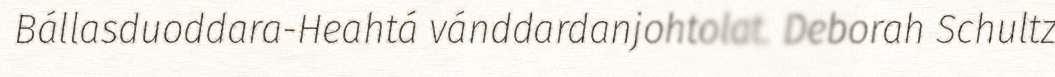
Bállasduoddara-Heahtá vánddardanjohtolat. Deborah Schultz